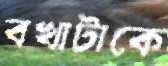
বখাটাকে